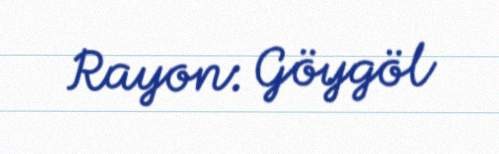
Rayon: Göygöl